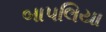
બાપલિયા